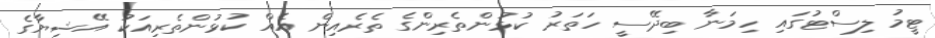
ޓީމު ލިސްޓުގައި ހިމަނާ ބިދޭސީ ހަތަރު ކުޅުންތެރިންގެ ތެރެއިން އެއް ކުޅުންތެރިއަކު އޭޝިޔާގެ